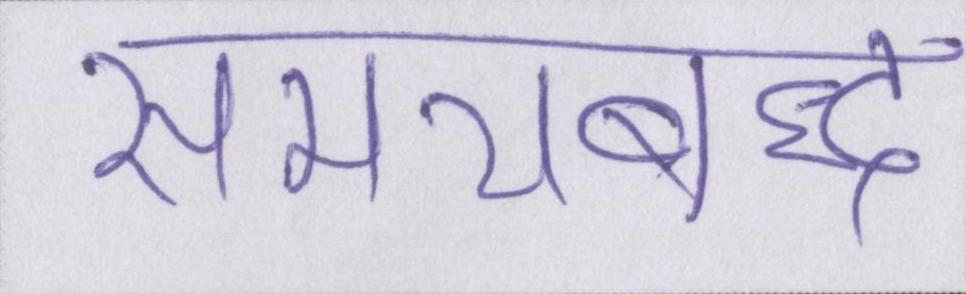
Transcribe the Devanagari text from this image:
समयबद्ध